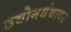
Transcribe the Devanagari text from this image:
उद्योगधंद्यावर